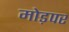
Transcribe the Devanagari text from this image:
मोड़पर